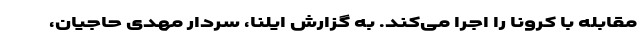
مقابله با کرونا را اجرا می‌کند. به گزارش ایلنا، سردار مهدی حاجیان،